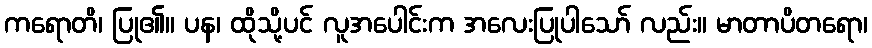
ကရောတိ၊ ပြု၏။ ပန၊ ထိုသို့ပင် လူအပေါင်းက အလေးပြုပါသော် လည်း။ မာတာပိတရော၊